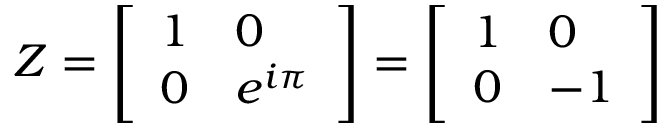
Z = { \left[ \begin{array} { l l } { 1 } & { 0 } \\ { 0 } & { e ^ { i \pi } } \end{array} \right] } = { \left[ \begin{array} { l l } { 1 } & { 0 } \\ { 0 } & { - 1 } \end{array} \right] }